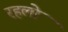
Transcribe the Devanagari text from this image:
रहलो